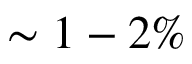
\sim 1 - 2 \%